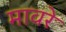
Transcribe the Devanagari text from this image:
मावरे